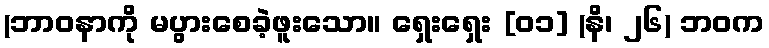
(ဘာဝနာကို မပွားစေခဲ့ဖူးသော။ ရှေးရှေး [၀၁] (နိ၊ ၂၆) ဘဝက